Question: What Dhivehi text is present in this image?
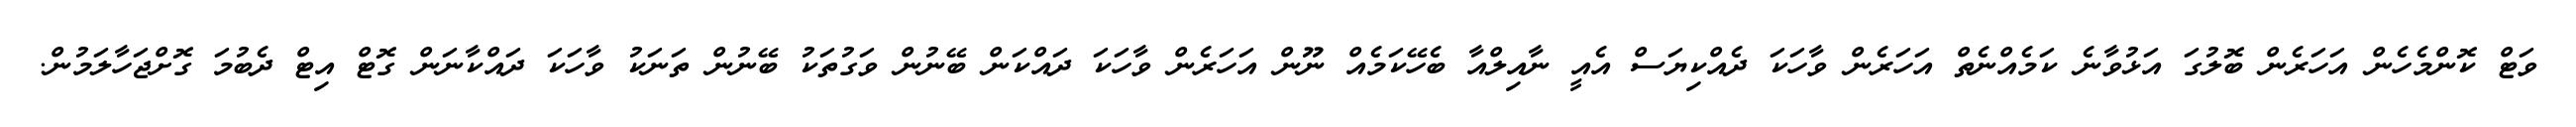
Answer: ވަޓް ކޮންމެހެން އަހަރެން ބޮލުގަ އަޅުވާނެ ކަމެއްނެތް އަހަރެން ވާހަކަ ދެއްކިޔަސް އެއީ ނާއިލްއާ ބެހޭކަމެއް ނޫން އަހަރެން ވާހަކަ ދައްކަން ބޭނުން ވަގުތަކު ބޭނުން ތަނަކު ވާހަކަ ދައްކާނަން ގޮޓް އިޓް ދެބުމަ ގޮށްޖަހާލަމުން.